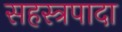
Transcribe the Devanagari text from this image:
सहस्त्रपादा